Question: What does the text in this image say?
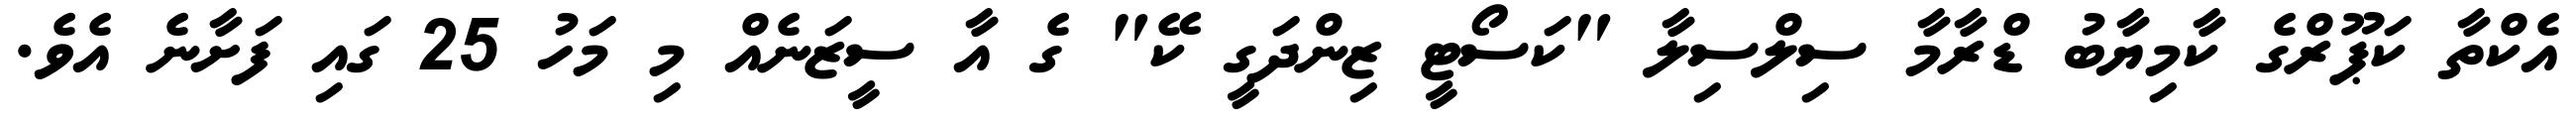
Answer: އެކްތާ ކަޕޫރްގެ ކާމިޔާބު ޑްރާމާ ސިލްސިލާ "ކަސޯޓީ ޒިންދަގީ ކޭ" ގެ އާ ސީޒަނެއް މި މަހު 25 ގައި ފަށާނެ އެވެ.